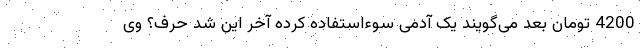
4200 تومان بعد می‌گویند یک آدمی سوء‌استفاده کرده آخر این شد حرف؟ وی